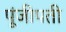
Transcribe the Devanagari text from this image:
पूंजीपती